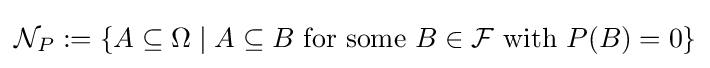
{\mathcal {N}}_{P}:=\{A\subseteq \Omega \mid A\subseteq B{\text{ for some }}B\in {\mathcal {F}}{\text{ with }}P(B)=0\}